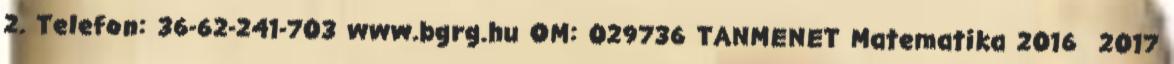
2. Telefon: 36-62-241-703 www.bgrg.hu OM: 029736 TANMENET Matematika 2016 2017